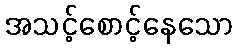
အသင့်စောင့်နေသော